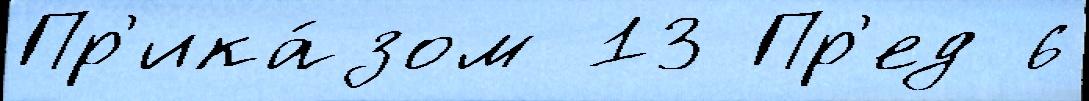
Пр'ика́зом 13 Пр'ед 6